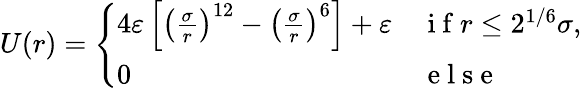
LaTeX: U(r)=\left\{ \begin{array}{ll}{4\varepsilon\left[\left(\frac{\sigma}{r}\right)^{12}-\left(\frac{\sigma}{r}\right)^{6}\right]+\varepsilon}&{\mathrm{~i~f~}r\leq 2^{1/6}\sigma,}\\ {0}&{\mathrm{~e~l~s~e~}}\end{array}\right.